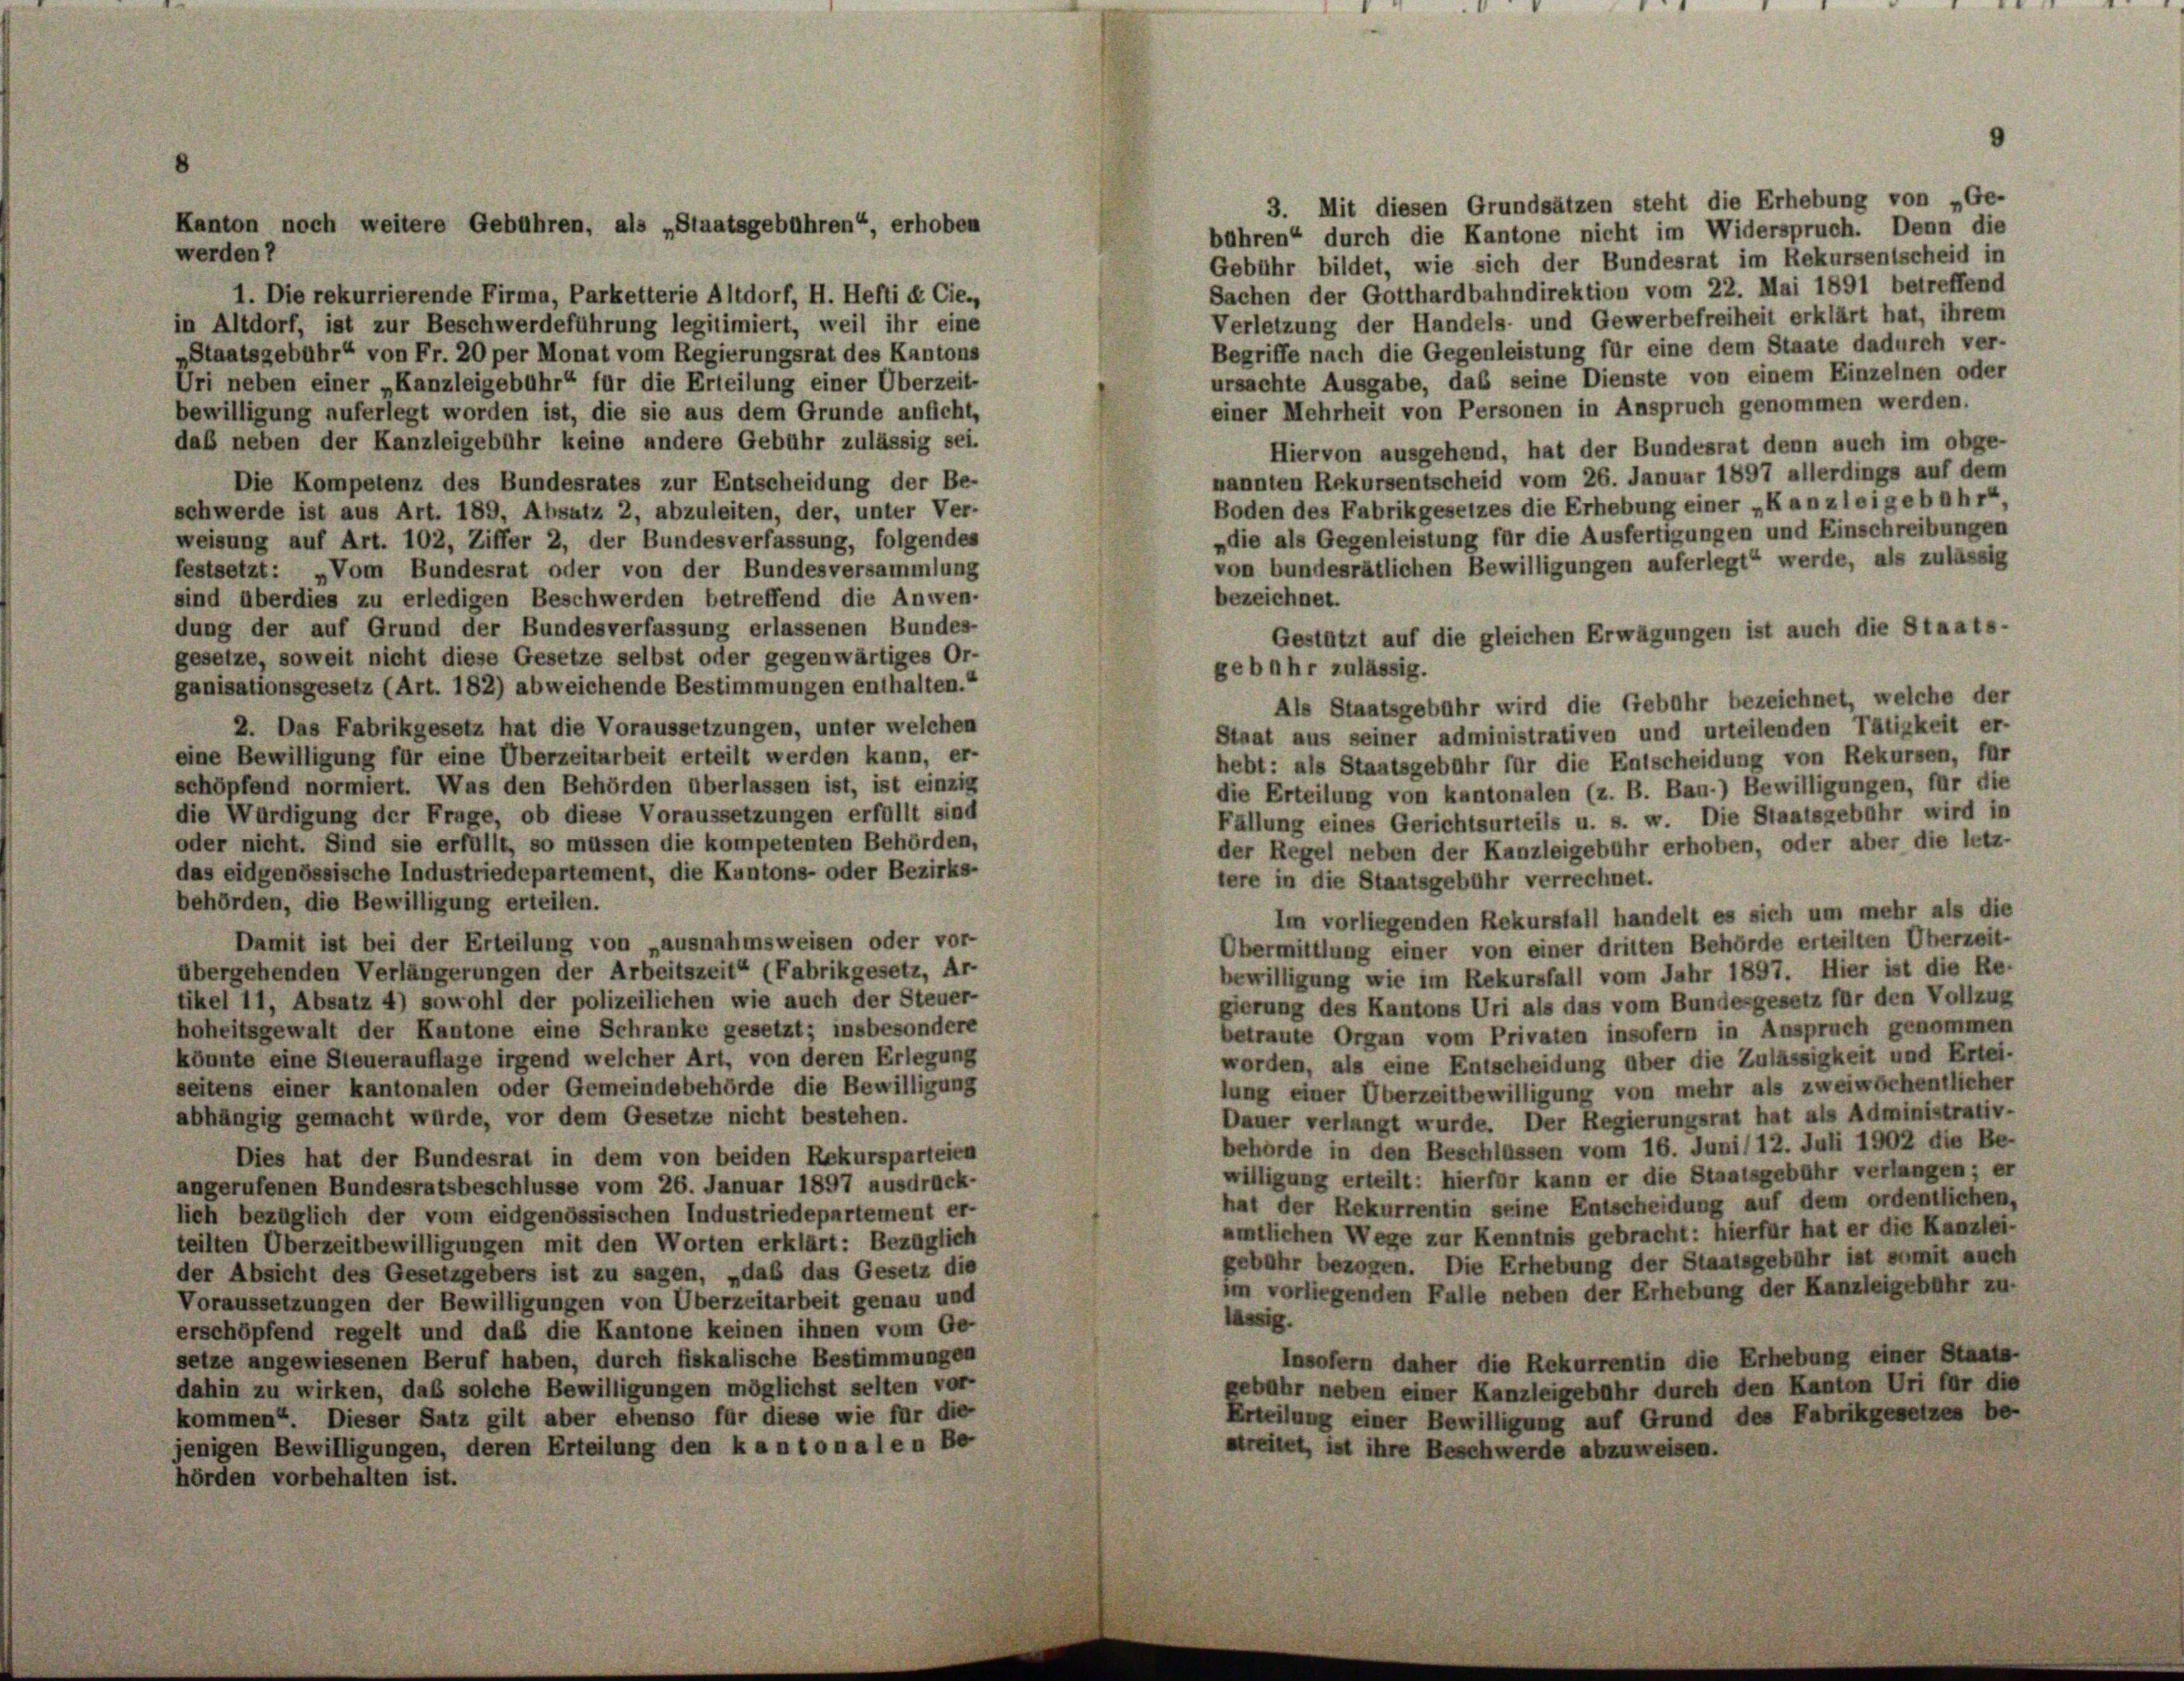
3. Mit diesen Grundsätzen steht die Erhebung von „Ge-
bühren“ durch die Kantone nicht im Widerspruch. Denn die
werden 7
Gebühr bildet, wie sich der Bundesrat im Rekursentscheid in
Sachen der Gotthardbahndirektion vom 22. Mai 1891 betreffend
1. Die rekurrierende Firma, Parketterie Altdorf, H. Hefti & Cie.
Verletzung der Handels- und Gewerbefreiheit erklärt hat, ihrem
in Altdorf, ist zur Beschwerdeführung legitimiert, weil ihr eine
Begriffe nach die Gegenleistung für eine dem Staate dadurch ver-
Staatsgebühr“ von Fr. 20 per Monat vom Regierungsrat des Kantons
ursachte Ausgabe, daß seine Dienste von einem Einzelnen oder
Uri neben einer „Kanzleigebühr“ für die Erteilung einer Überzeit-
einer Mehrheit von Personen in Anspruch genommen werden.
bewilligung auferlegt worden ist, die sie aus dem Grunde anficht,
daß neben der Kanzleigebühr keine andere Gebühr zulässig sei.
Hiervon ausgehend, hat der Bundesrat denn auch im obge-
nannten Rekursentscheid vom 26. Januar 1897 allerdings auf dem
Die Kompetenz des Bundesrates zur Entscheidung der Be-
Boden des Fabrikgesetzes die Erhebung einer „Kanzleigebühr“.
schwerde ist aus Art. 189, Absatz 2, abzuleiten, der, unter Ver-
„die als Gegenleistung für die Ausfertigungen und Einschreibungen
weisung auf Art. 102, Ziffer 2, der Bundesverfassung, folgendes
von bundesrätlichen Bewilligungen auferlegt werde, als zulässig
festsetzt: „Vom Bundesrat oder von der Bundesversammlung
bezeichnet.
sind überdies zu erledigen Beschwerden betreffend die Anwen-
dung der auf Grund der Bundesverfassung erlassenen Bundes-
Gestützt auf die gleichen Erwägungen ist auch die Staats-
gesetze, soweit nicht diese Gesetze selbst oder gegenwärtiges Or-
gebühr zulässig.
ganisationsgesetz (Art. 182) abweichende Bestimmungen enthalten.“
Als Staatsgebahr wird die Gebühr bezeichnet, welche der
2. Das Fabrikgesetz hat die Voraussetzungen, unter welchen
Staat aus seiner administrativen und urteilenden Tätigkeit er-
eine Bewilligung für eine Überzeitarbeit erteilt werden kann, er-
hebt: als Staatsgebühr für die Entscheidung von Rekursen, für
schöpfend normiert. Was den Behörden überlassen ist, ist einzig
die Erteilung von kantonalen (z. B. Bau-) Bewilligungen, für die
die Würdigung der Frage, ob diese Voraussetzungen erfüllt sind
Fällung eines Gerichtsurteils u. s. w. Die Staatsgebühr wird in
oder nicht. Sind sie erfüllt, so müssen die kompetenten Behörden,
der Regel neben der Kanzleigebühr erhoben, oder aber die letz-
das eidgenössische Industriedepartement, die Kantons- oder Bezirks-
tere in die Staatsgebühr verrechnet.
behörden, die Bewilligung erteilen.
Im vorliegenden Rekursfall handelt es sich um mehr als die
Damit ist bei der Erteilung von „ausnahmsweisen oder vor-
Übermittlung einer von einer dritten Behörde erteilten Überzeit-
übergehenden Verlängerungen der Arbeitszeit“ (Fabrikgesetz, Ar-
bewilligung wie im Rekursfall vom Jahr 1897. Hier ist die Re-
tikel 11, Absatz 4) sowohl der polizeilichen wie auch der Steuer-
gierung des Kantons Uri als das vom Bundesgesetz für den Vollzug
hoheitsgewalt der Kantone eine Schranke gesetzt; insbesondere
betraute Organ vom Privaten insofern in Anspruch genommen
könnte eine Steuerauflage irgend welcher Art, von deren Erlegung
worden, als eine Entscheidung aber die Zulässigkeit und Ertei-
seitens einer kantonalen oder Gemeindebehörde die Bewilligung
lung einer Überzeitbewilligung von mehr als zweiwöchentlicher
Dauer verlangt wurde. Der Regierungsrat hat als Administrativ-
abhängig gemacht wurde, vor dem Gesetze nicht bestehen.
behörde in den Beschlüssen vom 16. Juni 12. Juli 1902 die Be-
Dies hat der Bundesrat in dem von beiden Rekursparteien
willigung erteilt: hierfür kann er die Staatsgebühr verlangen; er
angerufenen Bundesratsbeschlusse vom 26. Januar 1897 ausdruck-
hat der Rekurrentin seine Entscheidung auf dem ordentlichen,
lich bezüglich der vom eidgenössischen Industriedepartement er-
amtlichen Wege zur Kenntnis gebracht: hierfür hat er die Kanzlei-
teilten Überzeitbewilligungen mit den Worten erklärt: Bezüglich
gebühr bezogen. Die Erhebung der Staatsgebühr ist ermit auch
der Absicht des Gesetzgebers ist zu sagen, „daß das Gesetz die
im vorliegenden Falle neben der Erhebung der Kanzleigebühr zu-
Voraussetzungen der Bewilligungen von Überzeitarbeit genau und
lässig.
erschöpfend regelt und daß die Kantone keinen ihnen vom Ge-
setze angewiesenen Beruf haben, durch fiskalische Bestimmungen
Insofern daher die Rekurrentin die Erhebung einer Staats-
gebahr neben einer Kanzleigebühr durch den Kanton Uri für die
dahin zu wirken, daß solche Bewilligungen möglichst selten vor-
kommen“. Dieser Satz gilt aber ebenso für diese wie für die
Erteilung einer Bewilligung auf Grund des Fabrikgesetzes be-
jenigen Bewilligungen, deren Erteilung den kantonalen Be-
streitet, ist ihre Beschwerde abzuweisen.
hörden vorbehalten ist.

Kanton noch weitere Gebühren, als „Staatsgebühren“, erhoben